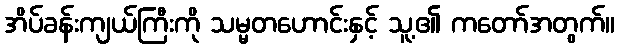
အိပ်ခန်းကျယ်ကြီးကို သမ္မတဟောင်းနှင့် သူ့၏ ကတော်အတွက်။